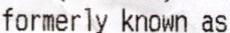
FORMERLY KNOWN AS